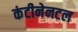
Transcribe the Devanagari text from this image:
कंटीनेनटल